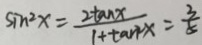
\sin ^ { 2 } x = \frac { 2 \tan x } { 1 + \tan ^ { 2 } x } = \frac { 3 } { 5 }